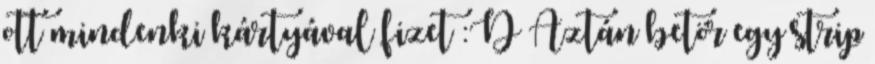
ott mindenki kártyával fizet :D Aztán betör egy strip